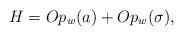
LaTeX: \begin{align*}H=Op_w(a)+ Op_w(\sigma),\end{align*}